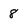
Character: 8